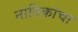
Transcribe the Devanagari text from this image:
नाविकांचा